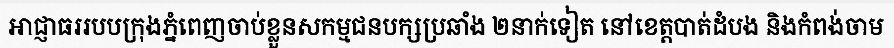
អាជ្ញាធររបបក្រុងភ្នំពេញចាប់ខ្លួនសកម្មជនបក្សប្រឆាំង ២នាក់ទៀត នៅខេត្តបាត់ដំបង និងកំពង់ចាម